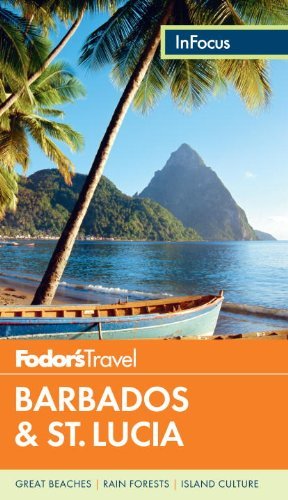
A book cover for By Fodor's Fodor's In Focus Barbados & St. Lucia (Full-color Travel Guide) (3rd Edition); Travel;